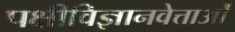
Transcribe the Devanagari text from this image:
पक्षीविज्ञानवेत्ताओं